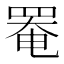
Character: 罨